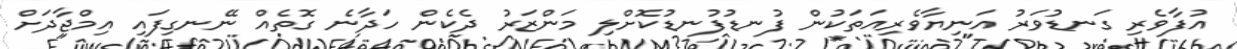
އުފާވެރި ގަނޑުވަރު އަނިޔާވެރިއަތަކުން ފުނޑުފުނޑުކޮށްލި މަންޒަރު ދެކެން ހަދާނެ ގޮތެއް ނޭނގިފައި އިމްޖާދަށް